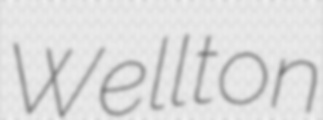
Wellton